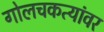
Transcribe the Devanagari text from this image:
गोलचकत्यांवर